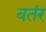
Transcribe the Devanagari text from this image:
बतंर